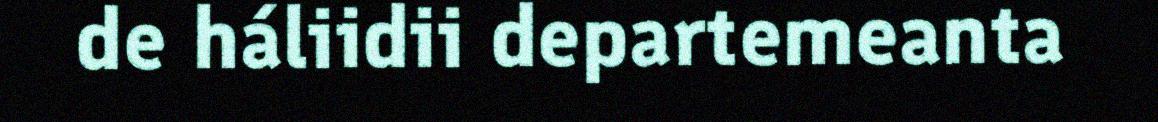
de háliidii departemeanta